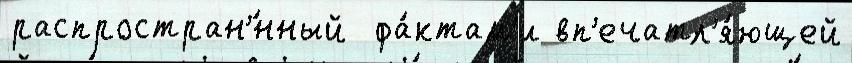
распростран'́нный  фа́ктам'и вп'ечатл'я́ющей